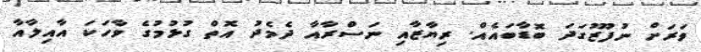
ވަރަށް ނުފޫޒުގަދަ ބޮޑާބައެއް. ރިޔާޒާއި ނަސްރާއާ ދެމެދު އޮތް ގުޅުމުގެ ވާހަކަ އާއިލާއާ